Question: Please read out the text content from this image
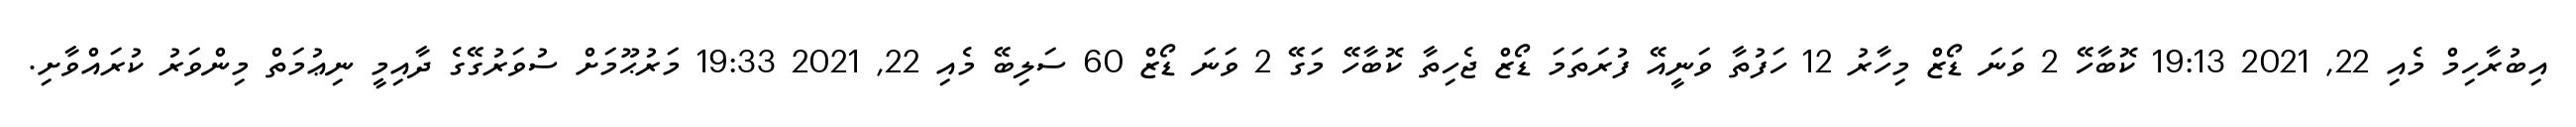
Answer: އިބުރާހިމް މެއި 22, 2021 19:13 ކޮބާހޭ 2 ވަނަ ޑޯޒް މިހާރު 12 ހަފުތާ ވަނީއޭ ފުރަތަމަ ޑޯޒް ޖެހިތާ ކޮބާހޭ މަގޭ 2 ވަނަ ޑޯޒް 60 ސަލިބޭ މެއި 22, 2021 19:33 މަރުޙޫމަށް ސުވަރުގޭގެ ދާއިމީ ނިޢުމަތް މިންވަރު ކުރައްވާށި.